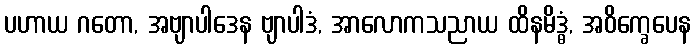
ပဟာယ ဂတော, အဗျာပါဒေန ဗျာပါဒံ, အာလောကသညာယ ထိနမိဒ္ဓံ, အဝိက္ခေပေန